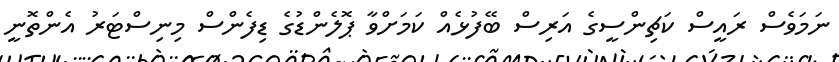
ނަމަވެސް ރައީސް ކަޗިންސީގެ އަރިސް ބޭފުޅެއް ކަމަށްވާ ޕޮލެންޑުގެ ޑިފެންސް މިނިސްޓަރު އެންތޮނީ